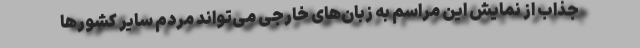
جذاب از نمایش این مراسم به زبان‌های خارجی می‌تواند مردم سایر کشورها